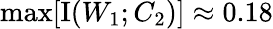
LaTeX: \operatorname*{max}[\operatorname{I}(W_{1};C_{2})]\approx 0.18